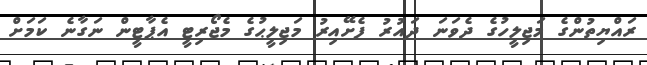
ރައްޔިތުންގެ މަޖިލީހުގެ ދެވަނަ ދައުރު ފެށޭއިރު މަޖިލީޙުގެ މެޖޯރިޓީ އެޕާޓީން ނަގާނެ ކަމަށް